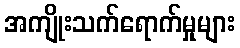
အကျိုးသက်ရောက်မှုများ